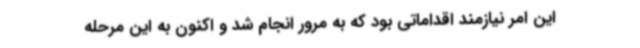
این امر نیازمند اقداماتی بود که به مرور انجام شد و اکنون به این مرحله